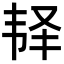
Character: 𩏽